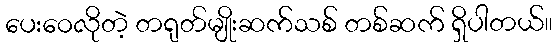
ပေးဝေလိုတဲ့ တရုတ်မျိုးဆက်သစ် တစ်ဆက် ရှိပါတယ်။